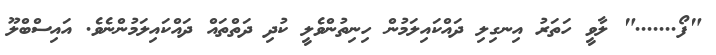
"ފޯ......." ލާވީ ހަތަރު އިނގިލި ދައްކައިލަމުން ހިނިތުންވެލީ ކުދި ދަތްތައް ދައްކައިލަމުންނެވެ. އައިސްބްލޫ